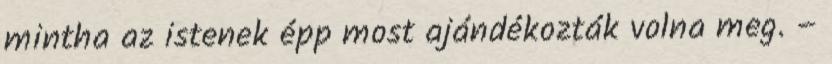
mintha az istenek épp most ajándékozták volna meg. –